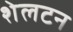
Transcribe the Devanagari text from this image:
शेलटन